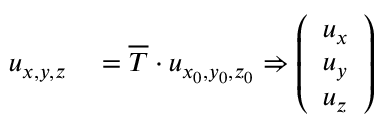
\begin{array} { r l } { \boldsymbol { u } _ { x , y , z } } & { { } = \overline { { \boldsymbol { T } } } \cdot \boldsymbol { u } _ { x _ { 0 } , y _ { 0 } , z _ { 0 } } \Rightarrow \left( \begin{array} { l } { u _ { x } } \\ { u _ { y } } \\ { u _ { z } } \end{array} \right) } \end{array}